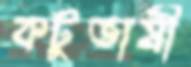
কটুভাষী